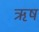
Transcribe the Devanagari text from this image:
ऋष